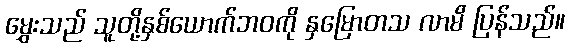
မွှေးသည် သူတို့နှစ်ယောက်ဘဝကို နှမြောတသ လာမိ ပြန်သည်။